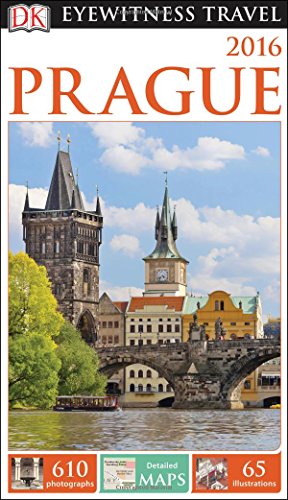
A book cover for DK Eyewitness Travel Guide: Prague; DK Publishing; Travel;